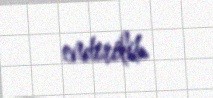
endirilib.